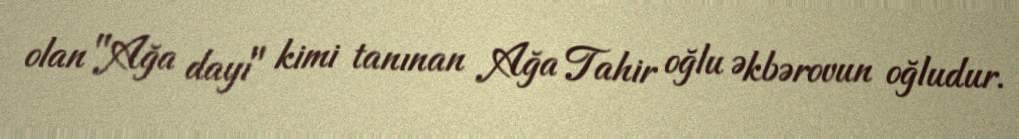
olan "Ağa dayı" kimi tanınan Ağa Tahir oğlu Əkbərovun oğludur.